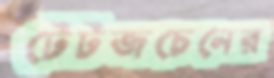
টেটজচেনের